Indian journal of veterinary science and animal husbandry - Volume 13,
Year: 1943
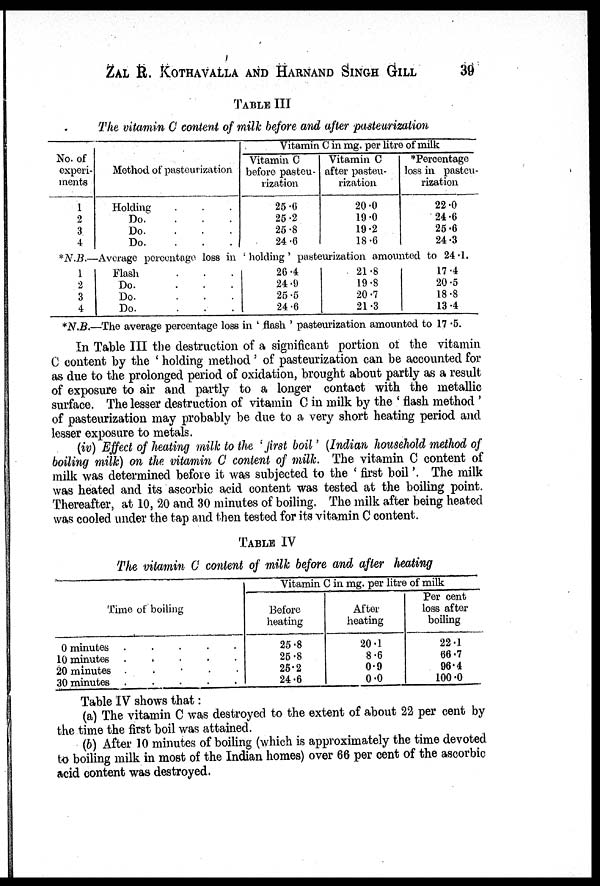
ZAL R. KOTHAVALLA AND HARNAND SINGH GILL 39
TABLE III
The vitamin C content of milk before and after pasteurization
No. of
experi-
ments
1
2
3
4
Method of pasteurization
Holding . ..
Do.
...
Do.
...
Do.
...
Vitamin C in mg. per litre of milk
Vitamin C
before pasteu-
rization
25.6
25.2
25.8
24.6
Vitamin C
after pasteu-
rization
20.0
19.0
19.2
18.6
*Percentage
loss in pasteu-
rization
22.0
24.6
25.6
24.3
*N.B.–Average
percentage loss in 'holding' pasteurization amounted to 24.1.
1
2
3
4
Flash . . .
Do. . . .
Do.
...
Do.
...
26 4
24.9
25.5
24.6
21.8
19.8
20.7
21.3
17.4
20.5
18.8
13.4
*N.B.—The average percentage loss in ' flash ' pasteurization amounted to 17 .5.
In Table III the destruction of a significant portion of the vitamin
C content by the ' holding method ' of pasteurization can be accounted for
as due to the prolonged period of oxidation, brought about partly as a result
of exposure to air and partly to a longer contact with the metallic
surface. The lesser destruction of vitamin C in milk by the ' flash method '
of pasteurization may probably be due to a very short heating period and
lesser exposure to metals.
(iv) Effect of heating milk to the 'first boil' (Indian household method of
boiling milk) on the. vitamin C content of milk. The vitamin C content of
milk was determined before it was subjected to the ' first boil '. The milk
was heated and its ascorbic acid content was tested at the boiling point.
Thereafter, at 10, 20 and 30 minutes of boiling. The milk after being heated
was cooled under the tap and then tested for its vitamin C content.
TABLE IV
The vitamin C content of milk before and after heating
Time of boiling
0 minutes
.....
10 minutes
.....
20 minutes .....
30 minutes
.....
Vitamin C in mg. per litre of milk
Before
heating
25.8
25.8
25.2
24.6
After
heating
20.1
8.6
0.9
0.0
Per cent
loss after
boiling
22.1
66.7
96.4
100.0
Table IV shows that:
(a) The vitamin C was destroyed to the extent of about 22 per cent by
the time the first boil was attained.
(b) After 10 minutes of boiling (which is approximately the time devoted
to boiling milk in most of the Indian homes) over 66 per cent of the ascorbic
acid content was destroyed.